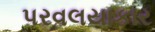
પરવલયાકાર